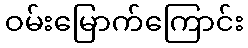
ဝမ်းမြောက်ကြောင်း